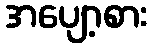
အပျော့စား